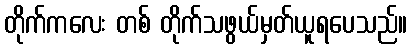
တိုက်ကလေး တစ် တိုက်သဖွယ်မှတ်ယူရပေသည်။